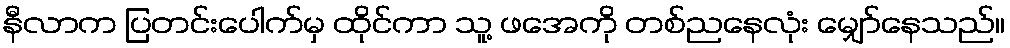
နီလာက ပြတင်းပေါက်မှ ထိုင်ကာ သူ့ ဖအေကို တစ်ညနေလုံး မျှော်နေသည်။